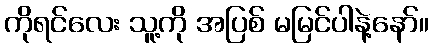
ကိုရင်လေး သူ့ကို အပြစ် မမြင်ပါနဲ့နော်။